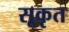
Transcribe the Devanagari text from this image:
सूकृत